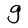
Character: g